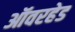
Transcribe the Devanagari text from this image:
ऑवरहेड